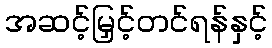
အဆင့်မြှင့်တင်ရန်နှင့်